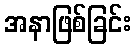
အနာဖြစ်ခြင်း